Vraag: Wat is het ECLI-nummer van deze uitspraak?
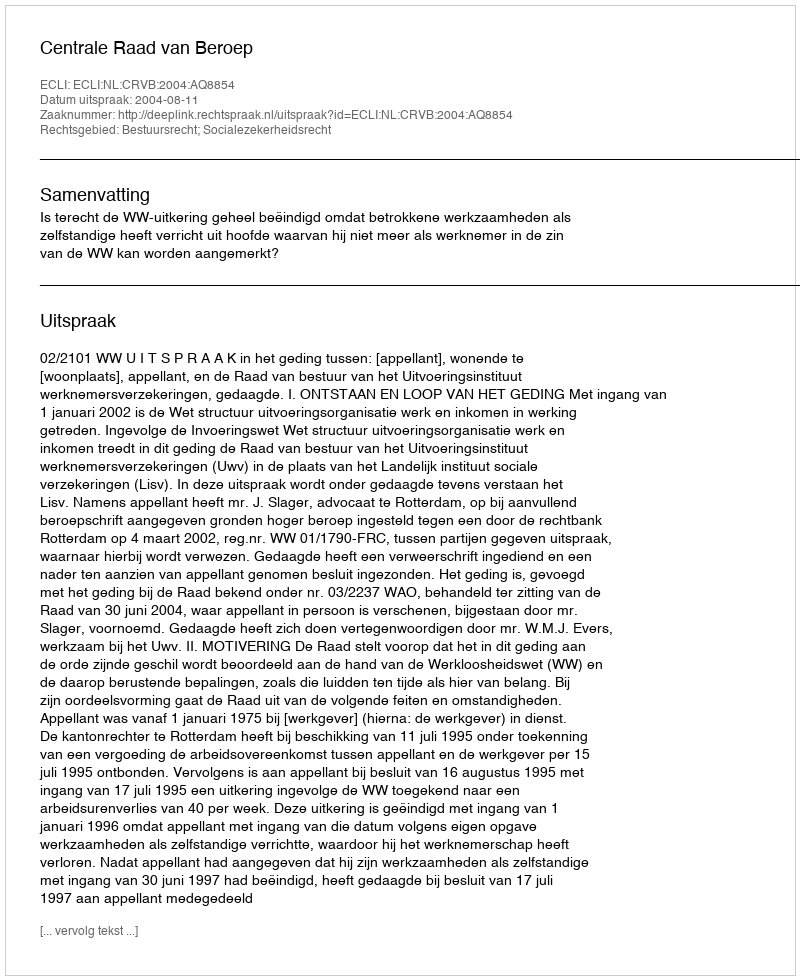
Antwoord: ECLI:NL:CRVB:2004:AQ8854